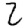
Digit: 2